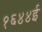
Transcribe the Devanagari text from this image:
१६४४ई